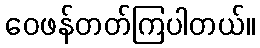
ဝေဖန်တတ်ကြပါတယ်။